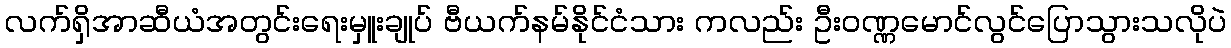
လက်ရှိအာဆီယံအတွင်းရေးမှူးချုပ် ဗီယက်နမ်နိုင်ငံသား ကလည်း ဦးဝဏ္ဏမောင်လွင်ပြောသွားသလိုပဲ